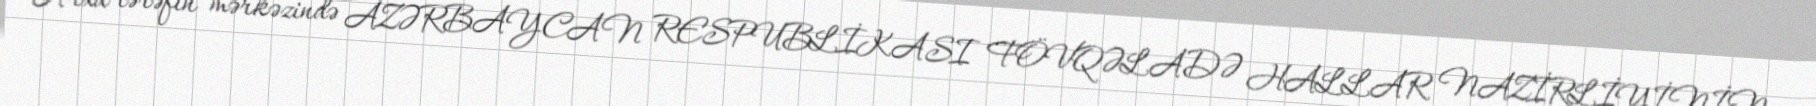
Arxa tərəfin mərkəzində AZƏRBAYCAN RESPUBLİKASI FÖVQƏLADƏ HALLAR NAZİRLİYİNİN